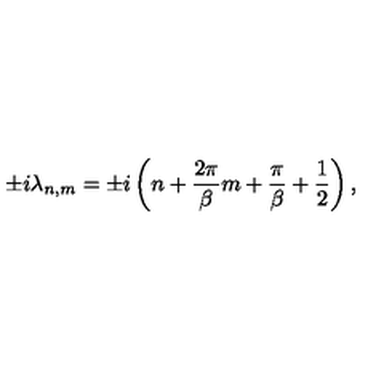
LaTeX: \pm i \lambda _ { n , m } = \pm i \left( n + { \frac { 2 \pi } { \beta } } m + { \frac { \pi } { \beta } } + { \frac { 1 } { 2 } } \right) ,